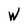
Character: W